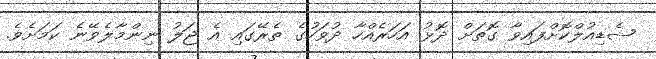
ޝެޑިއުލްކޮށްފައިވާ ގޮތަށް ދޮޅު އަހަރެއްހާ ދުވަހުގެ ތެރޭގައި އެ ޖަލު ނިންމާލެވޭނެ ކަމަށެވެ.